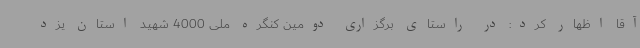
آقا اظهار کرد: در راستای برگزاری دومین کنگره ملی 4000 شهید استان یزد